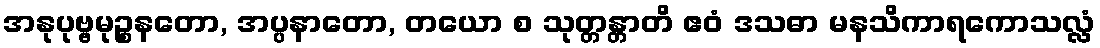
အနုပုဗ္ဗမုဉ္စနတော, အပ္ပနာတော, တယော စ သုတ္တန္တာတိ ဧဝံ ဒသဓာ မနသိကာရကောသလ္လံ